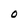
Character: O